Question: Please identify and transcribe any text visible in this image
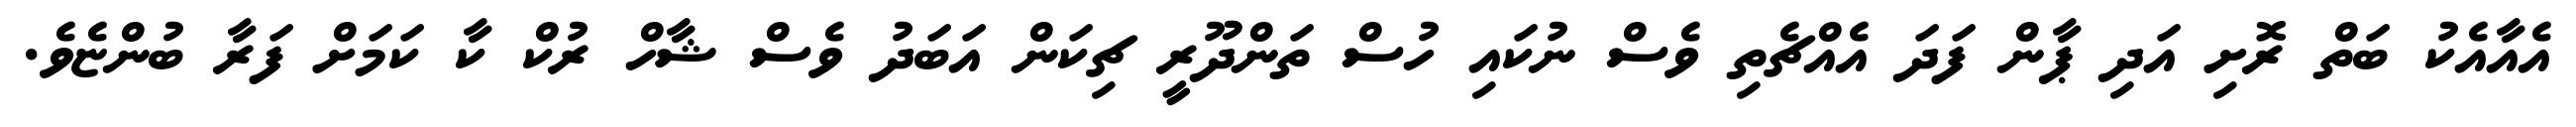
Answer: އެއާއެކު ބަތް ރޮށި އަދި ޕާން ފަދަ އެއްޗެތި ވެސް ނުކައި ހުސް ތަންދޫރީ ޗިކަން އަބަދު ވެސް ޝާހް ރުކް ކާ ކަމަށް ފަރާ ބުންޏެވެ.